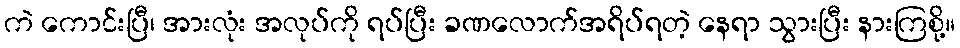
ကဲ ကောင်းပြီ၊ အားလုံး အလုပ်ကို ရပ်ပြီး ခဏလောက်အရိပ်ရတဲ့ နေရာ သွားပြီး နားကြစို့။